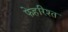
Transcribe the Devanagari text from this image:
फेहरिश्त